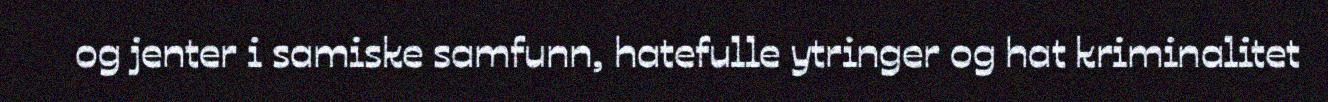
og jenter i samiske samfunn, hatefulle ytringer og hat kriminalitet